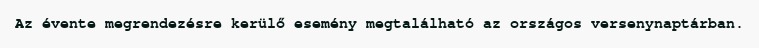
Az évente megrendezésre kerülő esemény megtalálható az országos versenynaptárban.